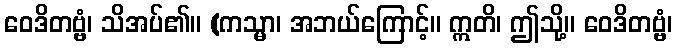
ဝေဒိတဗ္ဗံ၊ သိအပ်၏။ (ကသ္မာ၊ အဘယ်ကြောင့်။ ဣတိ၊ ဤသို့။ ဝေဒိတဗ္ဗံ၊